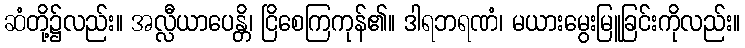
ဆံတို့၌လည်း။ အလ္လီယာပေန္တိ၊ ငြိစေကြကုန်၏။ ဒါရဘရဏံ၊ မယားမွေးမြူခြင်းကိုလည်း။